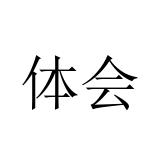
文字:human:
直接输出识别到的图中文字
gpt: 体会